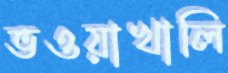
ভওয়াখালি